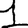
Digit: 1